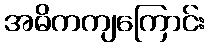
အဓိကကျကြောင်း